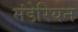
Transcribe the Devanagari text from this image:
मंडेरियन